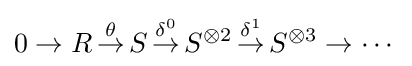
0\to R\,{\overset {\theta }{\to }}\,S\,{\overset {\delta ^{0}}{\to }}\,S^{\otimes 2}\,{\overset {\delta ^{1}}{\to }}\,S^{\otimes 3}\to \cdots